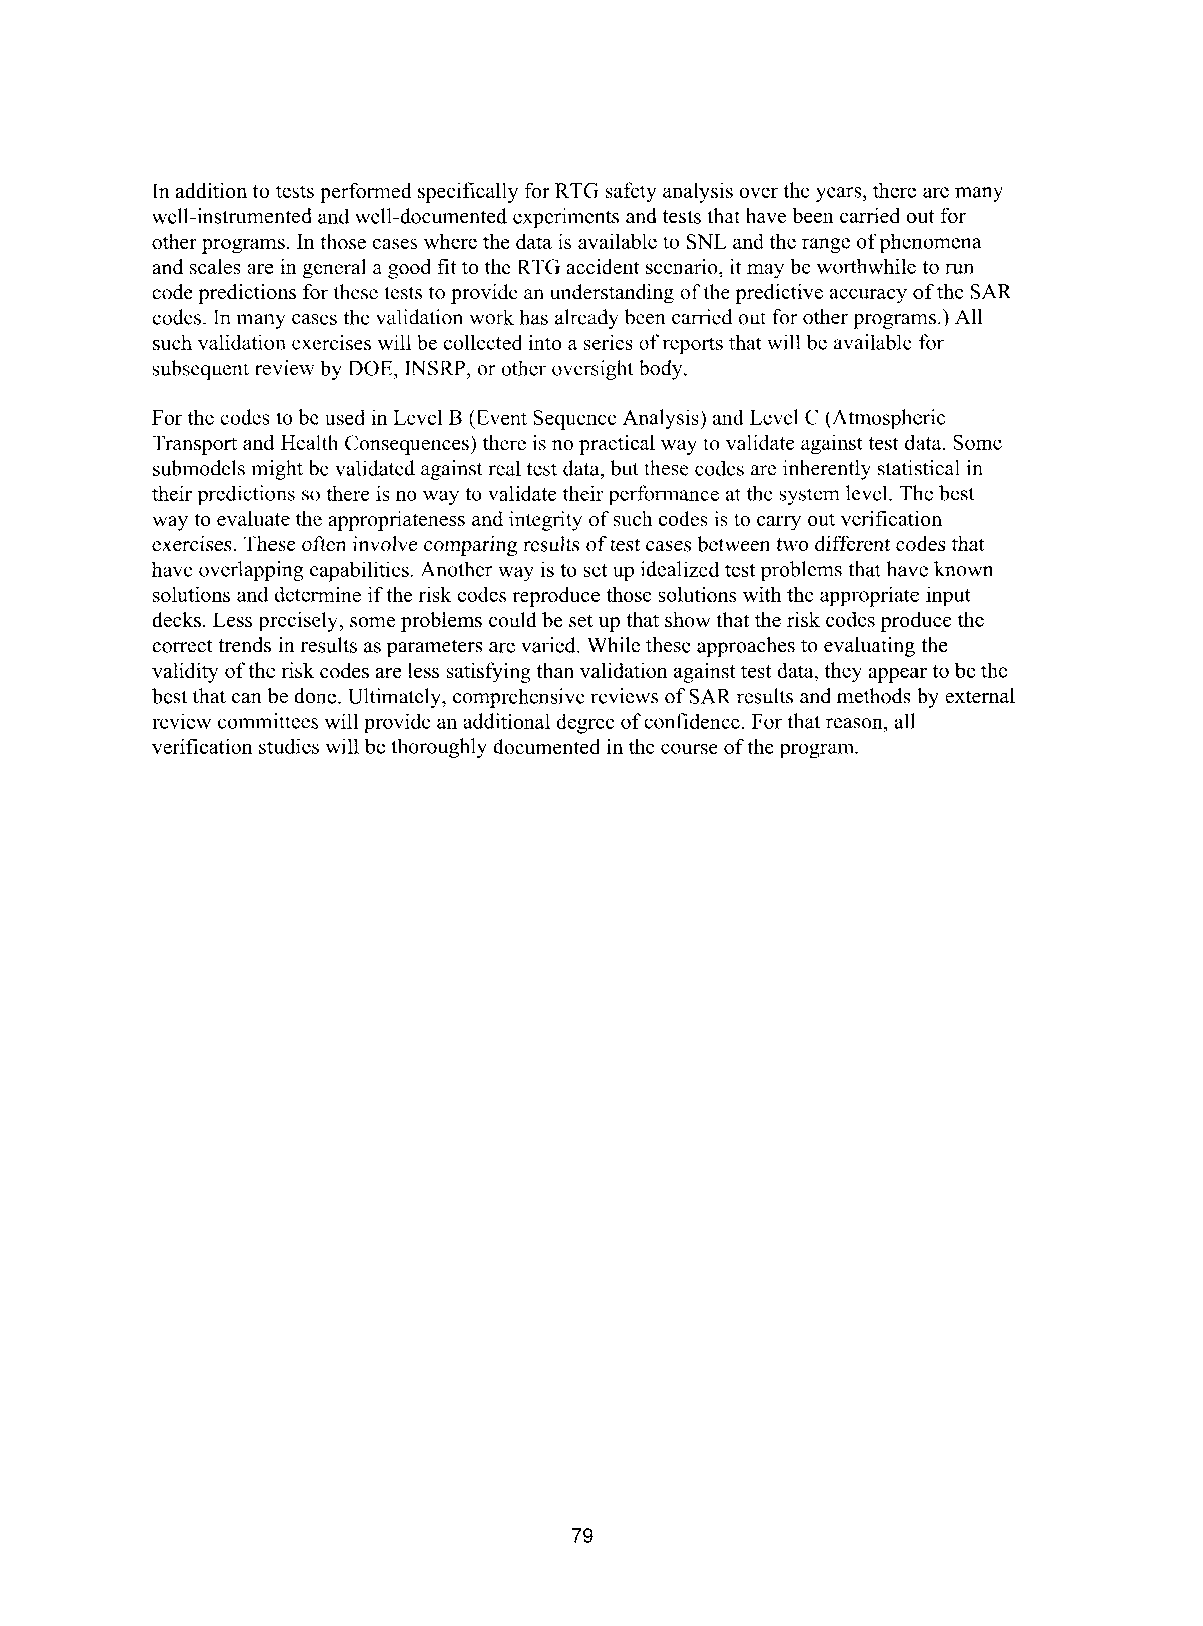
In addition to tests performed specifically for RTG safety analysis over the years, there are many
 well-instrumented and well-documented experiments and tests that have been carried out for
 other programs. In those cases where the data is available to SNL and the range of phenomena
 and scales are in general a good fit to the RTG accident scenario, it may be worthwhile to run
 code predictions for these tests to provide an understanding of the predictive accuracy of the SAR
 codes. In many cases the validation work has already been carried out for other programs.) All
 such validation exercises will be collected into a series of reports that will be available for
 subsequent review by DOE, INSRP, or other oversight body.
 For the codes to be used in Level B (Event Sequence Analysis) and Level C (Atmospheric
 Transport and Health Consequences) there is no practical way to validate against test data. Some
 submodels might be validated against real test data, but these codes are inherently statistical in
 their predictions so there is no way to validate their performance at the system level. The best
 way to evaluate the appropriateness and integrity of such codes is to carry out verification
 exercises. These often involve comparing results of test cases between two different codes that
 have overlapping capabilities. Another way is to set up idealized test problems that have known
 solutions and determine if the risk codes reproduce those solutions with the appropriate input
 decks. Less precisely, some problems could be set up that show that the risk codes produce the
 correct trends in results as parameters are varied. While these approaches to evaluating the
 validity of the risk codes are less satisfying than validation against test data, they appear to be the
 best that can be done. Ultimately, comprehensive reviews of SAR results and methods by external
 review committees will provide an additional degree of confidence. For that reason, all
 verification studies will be thoroughly documented in the course of the program.
 79